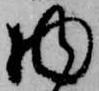
物